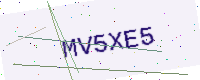
Text: MV5XE5